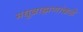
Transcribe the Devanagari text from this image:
मधुब्राह्मणांकडे